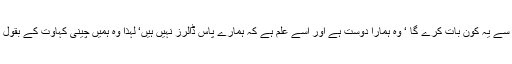
اسی طرح یہ سوچنے کو کوئی تیار نہیں ہے کہ چین سے یہ کون بات کرے گا ‘ وہ ہمارا دوست ہے اور اسے علم ہے کہ ہمارے پاس ڈالرز نہیں ہیں‘ لہٰذا وہ ہمیں چینی کہاوت کے بقول مچھلی کھلانے کی بجائے مچھلی کا شکار سکھائے۔